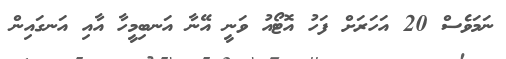
ނަމަވެސް 20 އަހަރަށް ފަހު އޮޓޯއު ވަނީ އޭނާ އަނބިމީހާ އާއި އަނގައިން